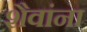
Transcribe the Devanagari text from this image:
शैवांना